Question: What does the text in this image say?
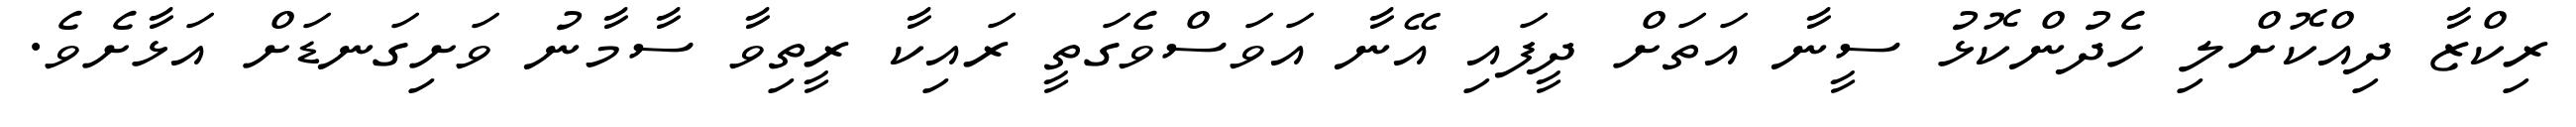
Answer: ރިކްޒާ ދިއްކޮށްލި ހެދުންކޮޅު ސީނާ އަތަށް ދީފައި އޭނާ އަވަސްވެގަތީ ރައިކާ ރީތިވާ ސާމާނު ވަށިގަނޑަށް އަޅާށެވެ.